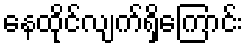
နေထိုင်လျက်ရှိကြောင်း